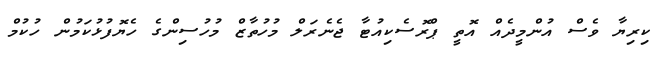
ކިރިޔާ ވެސް އުންމީދެއް އޮތީ ޕްރޮސެކިއުޓާ ޖެނެރަލް މުހުތާޒް މުހުސިންގެ ހެޔޮފުޅުކަމުން ހުކުމް